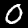
Label: 0